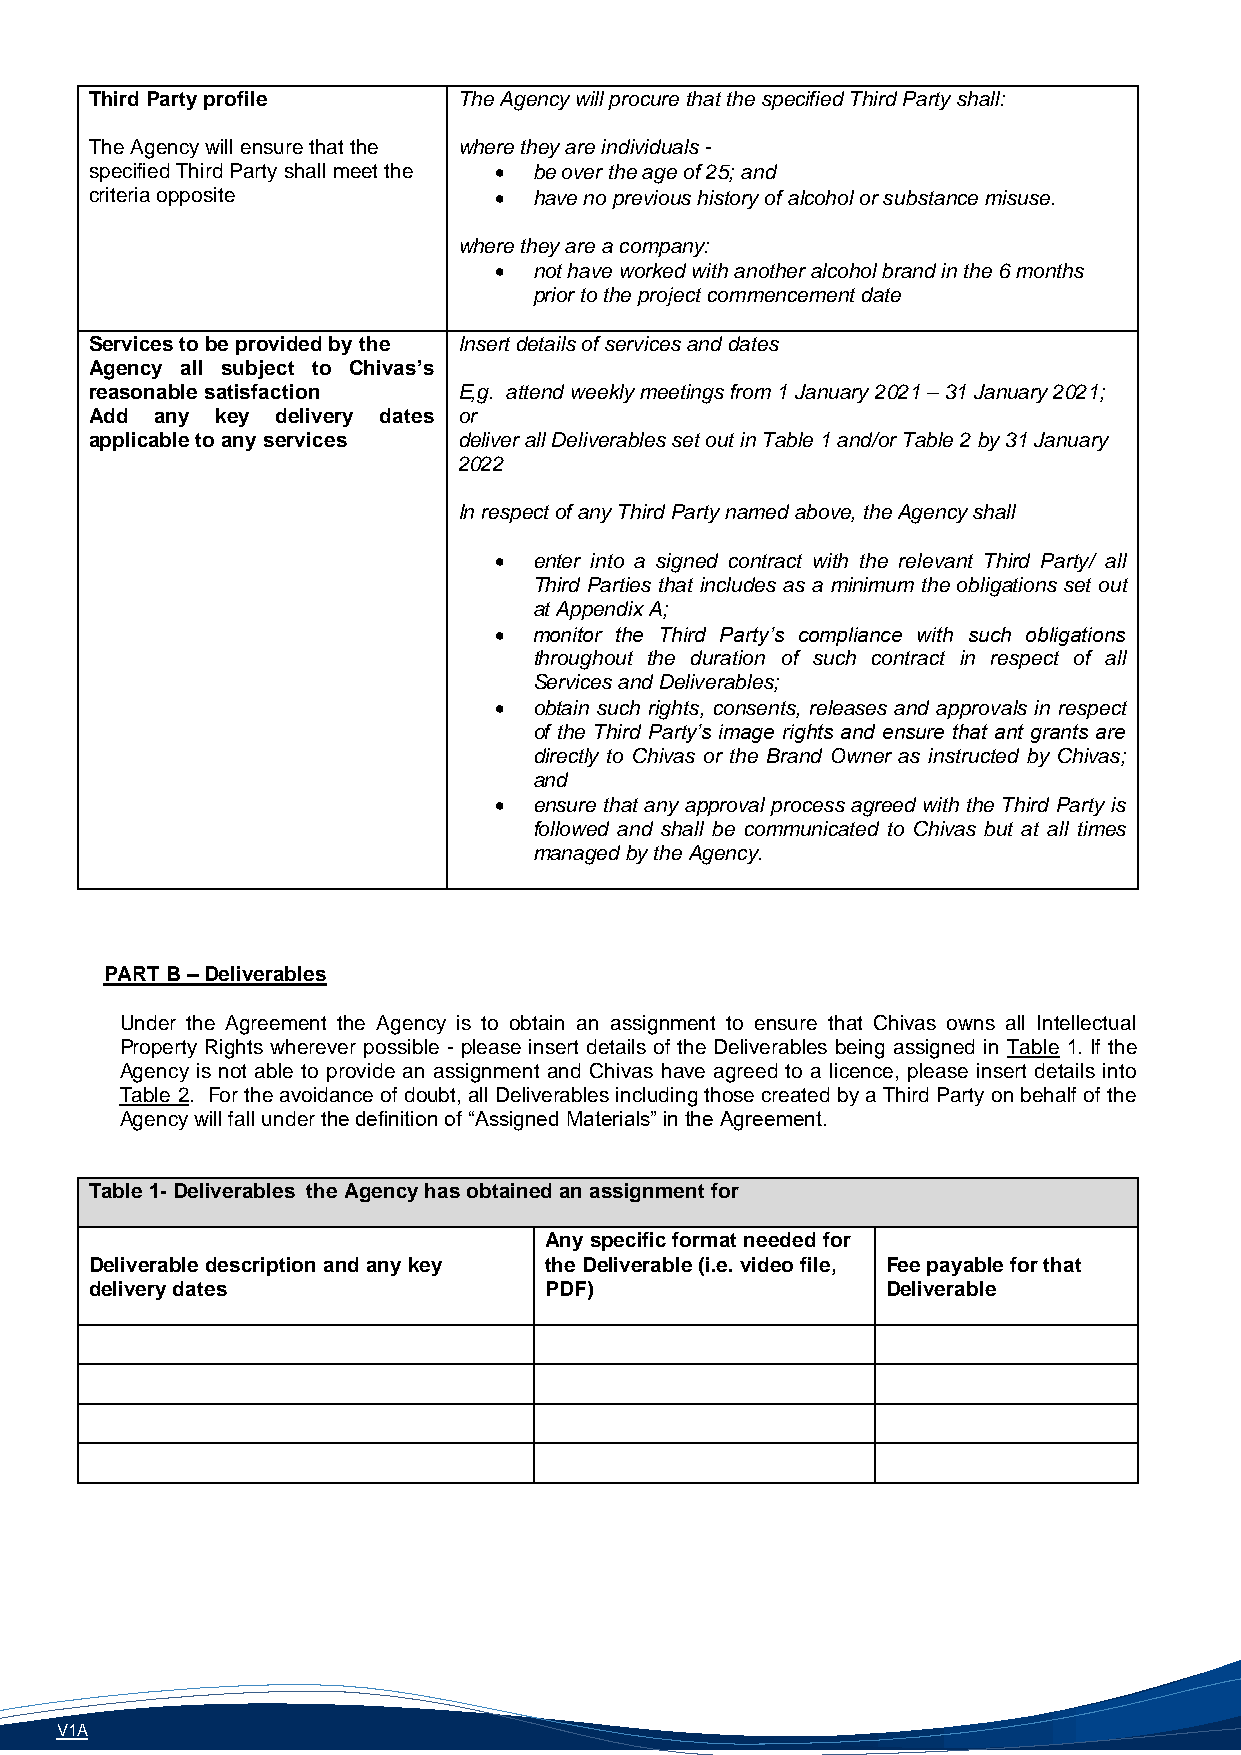
Third Party profile     The Agency will procure that the specified Third Party shall:
 The Agency will ensure that the where they are individuals -
 specified Third Party shall meet the • be over the age of 25; and
 c riteria opposite         • have no previous history of alcohol or substance misuse.
 where they are a company:
 • not have worked with another alcohol brand in the 6 months
 prior to the project commencement date
 Services to be provided by the Insert details of services and dates
 Agency all subject to Chivas’s
 reasonable satisfaction E,g. attend weekly meetings from 1 January 2021 – 31 January 2021;
 Add any key delivery dates or
 applicable to any services deliver all Deliverables set out in Table 1 and/or Table 2 by 31 January
 2022
 In respect of any Third Party named above, the Agency shall
 • enter into a signed contract with the relevant Third Party/ all
 Third Parties that includes as a minimum the obligations set out
 at Appendix A;
 • monitor the Third Party’s compliance with such obligations
 throughout the duration of such contract in respect of all
 Services and Deliverables;
 • obtain such rights, consents, releases and approvals in respect
 of the Third Party’s image rights and ensure that ant grants are
 directly to Chivas or the Brand Owner as instructed by Chivas;
 and
 • ensure that any approval process agreed with the Third Party is
 followed and shall be communicated to Chivas but at all times
 managed by the Agency.
 PART B – Deliverables
 Under the Agreement the Agency is to obtain an assignment to ensure that Chivas owns all Intellectual
 Property Rights wherever possible - please insert details of the Deliverables being assigned in Table 1. If the
 Agency is not able to provide an assignment and Chivas have agreed to a licence, please insert details into
 Table 2. For the avoidance of doubt, all Deliverables including those created by a Third Party on behalf of the
 Agency will fall under the definition of “Assigned Materials” in the Agreement.
 Table 1- Deliverables the Agency has obtained an assignment for
 Any specific format needed for
 Deliverable description and any key the Deliverable (i.e. video file, Fee payable for that
 delivery dates                PDF)                   Deliverable
 V1A